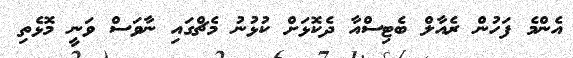
އެންމެ ފަހުން ރެއާލް ބެޓިސްއާ ދެކޮޅަށް ކުޅުނު މެޗްގައި ނާވަސް ވަނީ މޮޅެތި